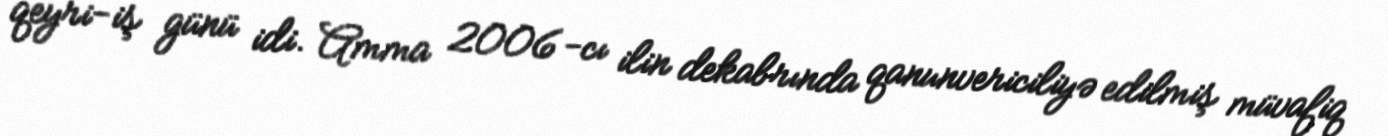
qeyri-iş günü idi. Amma 2006-cı ilin dekabrında qanunvericiliyə edilmiş müvafiq